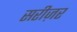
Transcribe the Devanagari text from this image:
सरीज़र